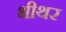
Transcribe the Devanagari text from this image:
भीथर